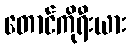
တောင်ကိုရီးယား